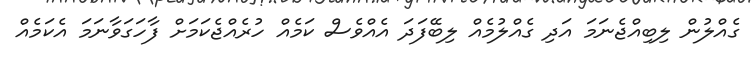
ގެއްލުން ލިބިއްޖެނަމަ އަދި ގެއްލުމެއް ލިބޭފަދަ އެއްވެސް ކަމެއް ހުރެއްޖެކަމަށް ފާހަގަވާނަމަ އެކަމެއް